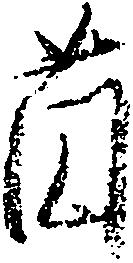
薗